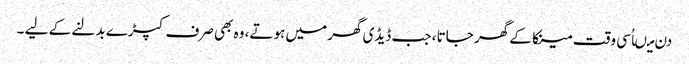
دن میںاُسی وقت مینکا کے گھر جاتا ، جب ڈیڈی گھر میں ہوتے، وہ بھی صرف کپڑے بدلنے کے لیے ۔